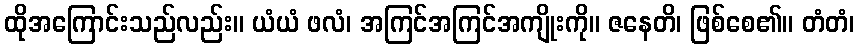
ထိုအကြောင်းသည်လည်း။ ယံယံ ဖလံ၊ အကြင်အကြင်အကျိုးကို။ ဇနေတိ၊ ဖြစ်စေ၏။ တံတံ၊